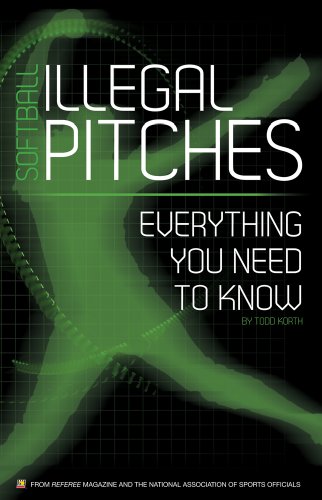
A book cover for Softball Illegal Pitches: Everything You Need to Know; Todd Korth; Sports & Outdoors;